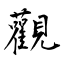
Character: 觀